Indian journal of veterinary science and animal husbandry - Volume 6,
Year: 1936
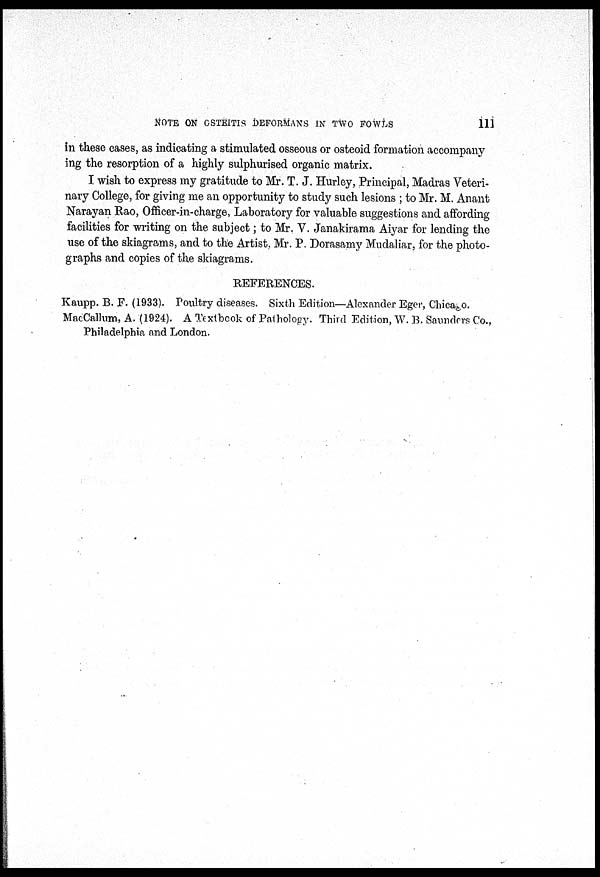
NOTE ON OSTEITIS DEFORMANS IN TWO FOWLS
111
in these cases, as indicating a stimulated osseous or osteoid formation accompany
ing the resorption of a highly sulphurised organic matrix.
I wish to express my gratitude to Mr. T. J. Hurley, Principal, Madras Veteri-
nary College, for giving me an opportunity to study such lesions ; to Mr. M. Anant
Narayan Rao, Officer-in-charge, Laboratory for valuable suggestions and affording
facilities for writing on the subject; to Mr. V. Janakirama Aiyar for lending the
use of the skiagrams, and to the Artist. Mr. P. Dorasamy Mudaliar, for the photo-
graphs and copies of the skiagrams.
REFERENCES.
Kaupp. B. F. (1933). Poultry diseases. Sixth Edition—Alexander Eger, Chicago.
MacCallum, A. (1924). A Textbook of Pathology. Third Edition, W. B. Saunders Co.,
Philadelphia and London.